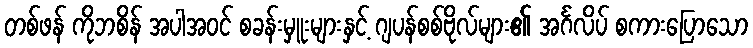
တစ်ဖန် ကိုဘစိန် အပါအဝင် စခန်းမှူးများနှင့် ဂျပန်စစ်ဗိုလ်များ၏ အင်္ဂလိပ် စကားပြောသော